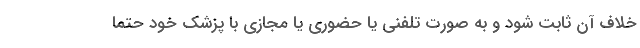
خلاف آن ثابت شود و به صورت تلفنی یا حضوری یا مجازی با پزشک خود حتما